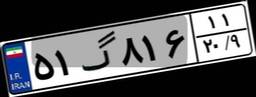
۵۱گ۸۱۶۱۱